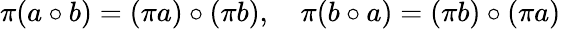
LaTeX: \pi(a\circ b)=(\pi a)\circ(\pi b),\quad\pi(b\circ a)=(\pi b)\circ(\pi a)